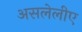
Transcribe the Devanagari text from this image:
असलेलीए